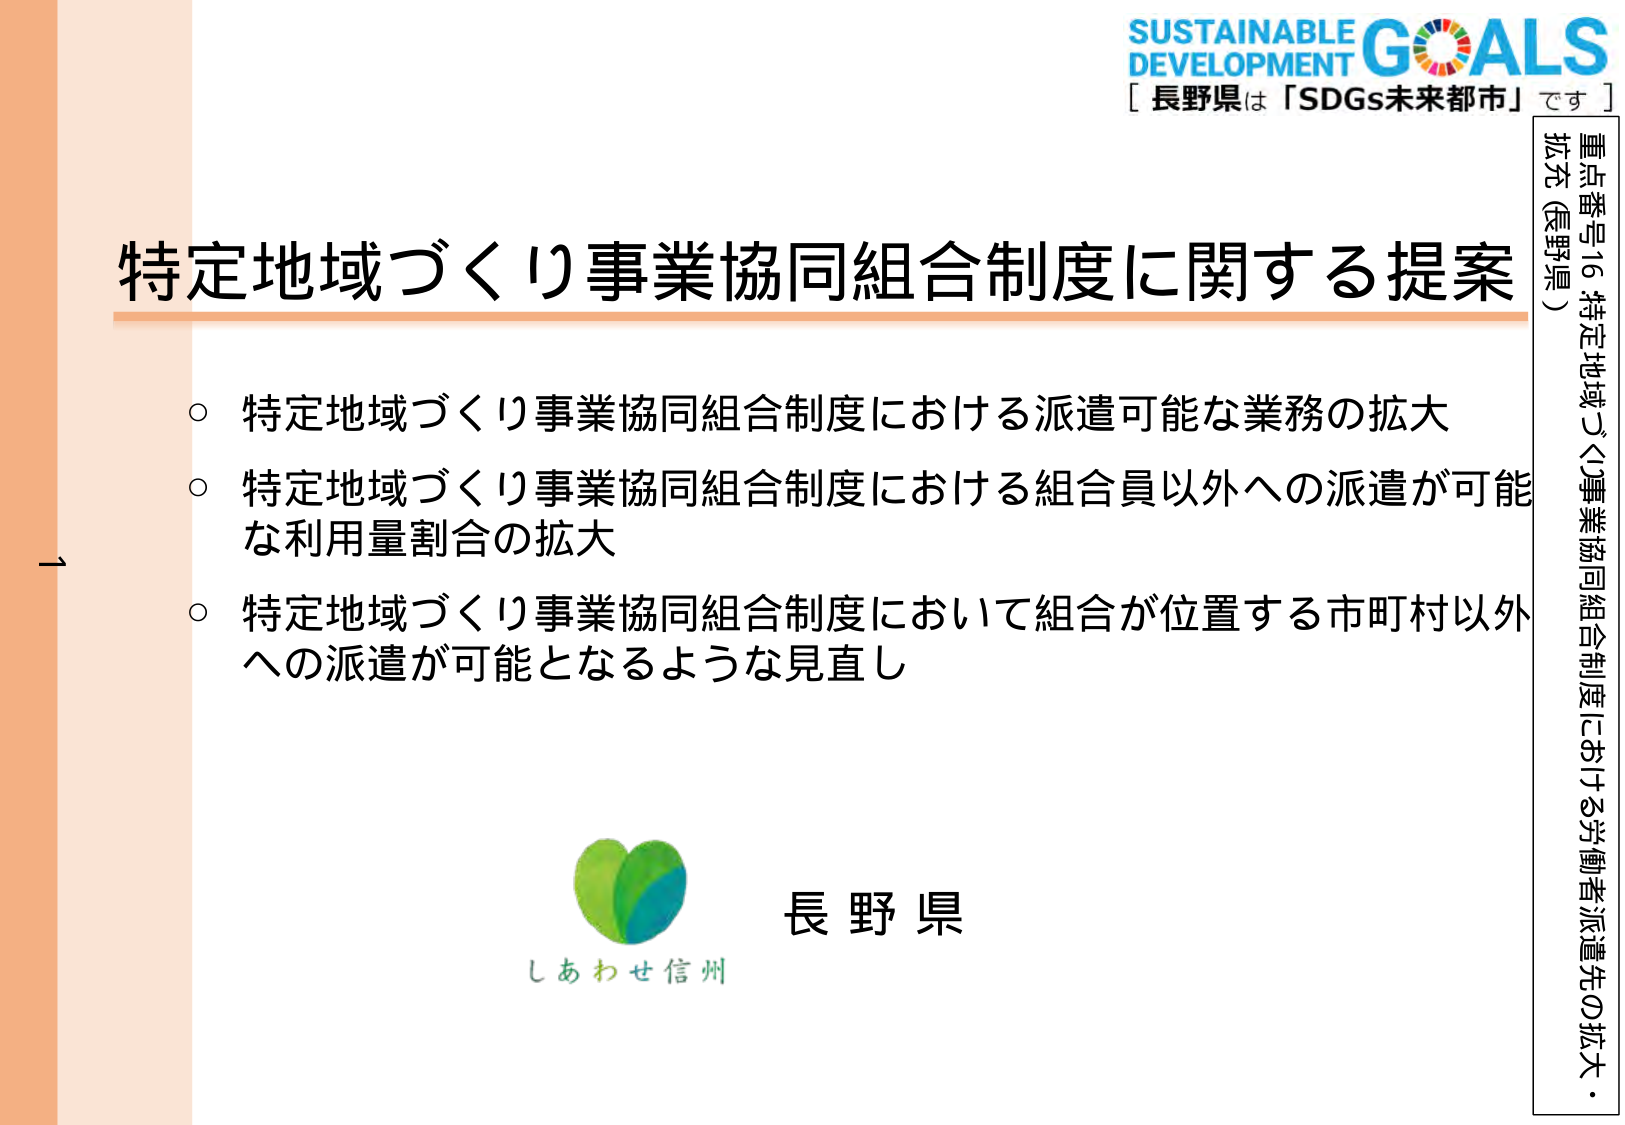
SUSTAINABLE DEVELOPMENT GOALS
［長野県は「SDGs未来都市」です］

特定地域づくり事業協同組合制度に関する提案

○ 特定地域づくり事業協同組合制度における派遣可能な業務の拡大
○ 特定地域づくり事業協同組合制度における組合員以外への派遣が可能な利用量割合の拡大
○ 特定地域づくり事業協同組合制度において組合が位置する市町村以外への派遣が可能となるような見直し

長野県
しあわせ信州

重点番号16 特定地域づくり事業協同組合制度における労働者派遣先の拡大・拡充（長野県）